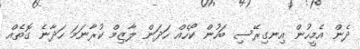
ދެން އެމީހުން އިނގިރޭސި ބަހުން ކޯހެއް ހަދަން ލާޒިމް ކުރާނަމަ ހަދާނެ ގޮތެއް